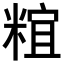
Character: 𥺥